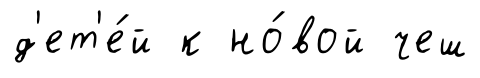
д'ет'е́й к но́вой чеш